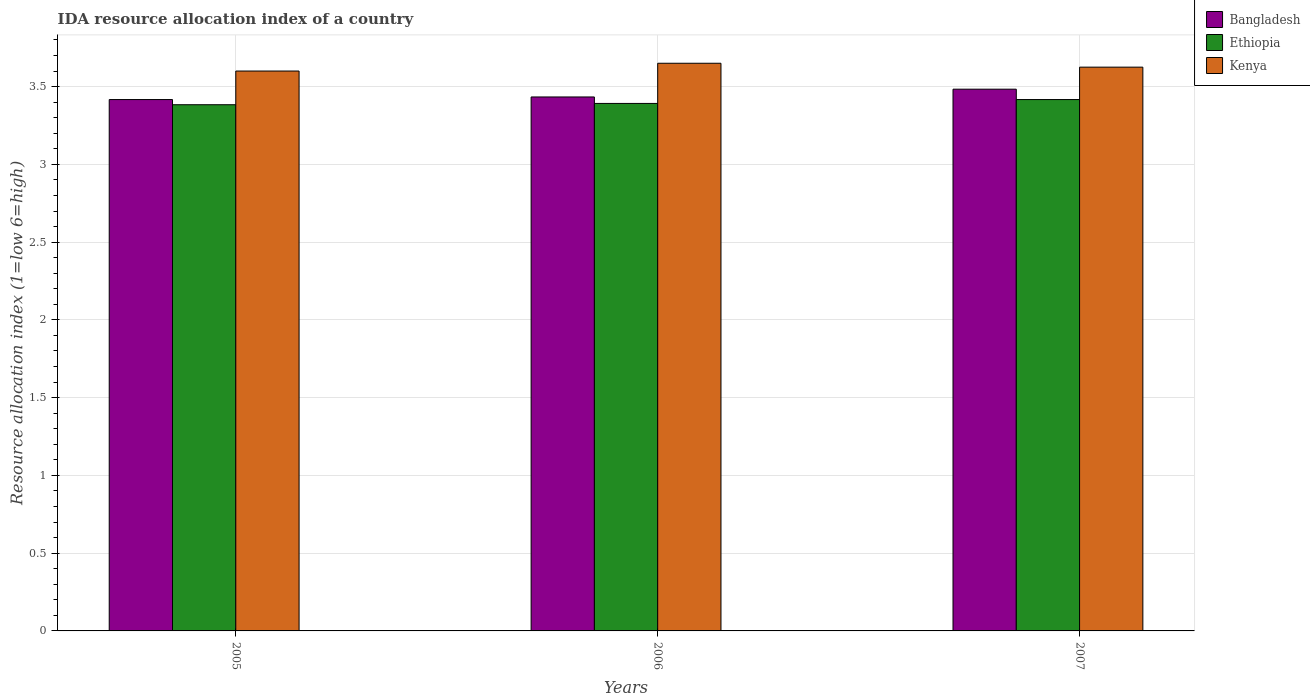
| Years | Bangladesh | Ethiopia | Kenya |
 | --- | --- | --- | --- |
 | 2005 | 3.42 | 3.38 | 3.6 |
 | 2006 | 3.43 | 3.39 | 3.65 |
 | 2007 | 3.48 | 3.42 | 3.62 |